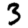
Digit: 3